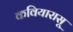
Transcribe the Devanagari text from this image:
कवियारासू